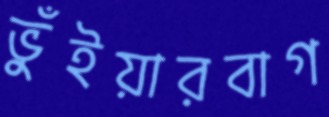
ভুঁইয়ারবাগ